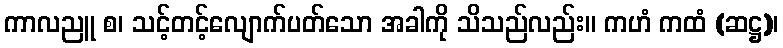
ကာလညူ စ၊ သင့်တင့်လျောက်ပတ်သော အခါကို သိသည်လည်း။ ကဟံ ကထံ (ဆဋ္ဌ)၊